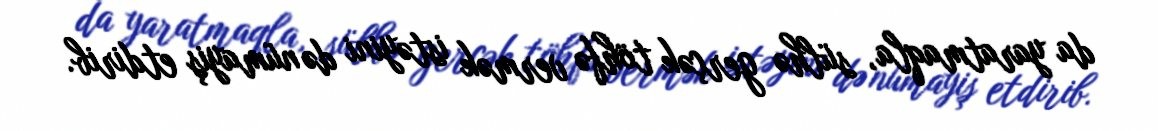
da yaratmaqla, sülhə gerçək töhfə vermək istəyini də nümayiş etdirib.